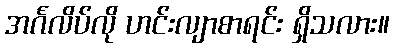
အင်္ဂလိပ်လို ဟင်းလျာစာရင်း ရှိသလား။